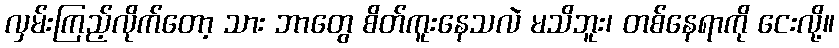
လှမ်းကြည့်လိုက်တော့ သား ဘာတွေ စိတ်ကူးနေသလဲ မသိဘူး၊ တစ်နေရာကို ငေးလို့။